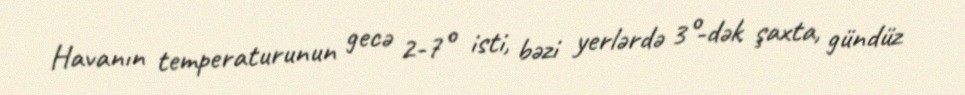
Havanın temperaturunun gecə 2-7° isti, bəzi yerlərdə 3°-dək şaxta, gündüz